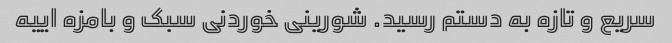
سریع و تازه به دستم رسید. شورینی خوردنی سبک و بامزه اییه